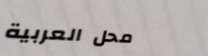
محل العربية